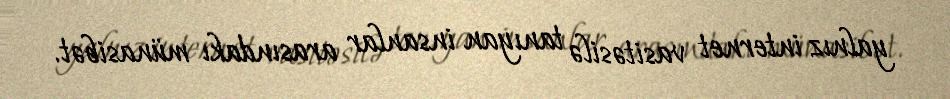
yalnız internet vasitəsilə tanıyan insanlar arasındakı münasibət.